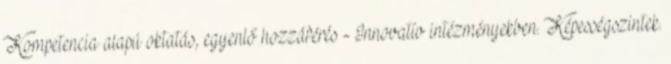
Kompetencia alapú oktatás, egyenlő hozzáférés - Innovatív intézményekben. Képességszintek.